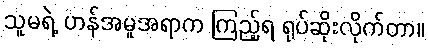
သူမရဲ့ ဟန်အမူအရာက ကြည့်ရ ရုပ်ဆိုးလိုက်တာ။